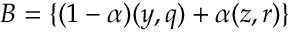
B = \{ ( 1 - \alpha ) ( y , q ) + \alpha ( z , r ) \}